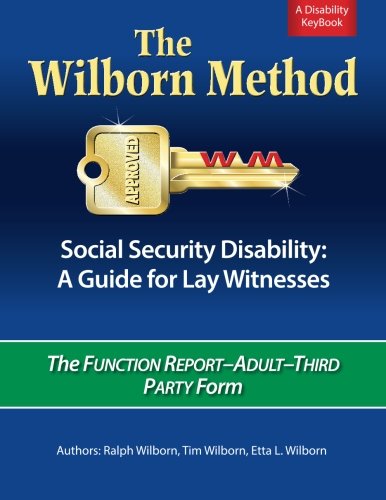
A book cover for The Wilborn Method, Social Security Disability: A Guide for Lay Witnesses: The Function Report--Adult--Third Party Form; Ralph Wilborn; Law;